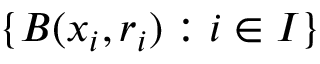
\{ B ( x _ { i } , r _ { i } ) : i \in I \}